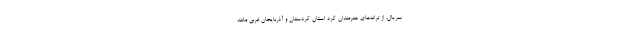
سریال، از ترانه‌های هنرمندان کرد استان کردستان و آذربایجان غربی مانند